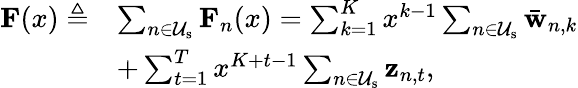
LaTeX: \begin{array}{rl}{\mathbf{F}(x)\triangleq}&{\sum_{n\in\mathcal{U}_{\mathrm{s}}}\mathbf{F}_{n}(x)=\sum_{k=1}^{K}x^{k-1}\sum_{n\in\mathcal{U}_{\mathrm{s}}}\bar{\mathbf{w}}_{n,k}}\\ &{+\sum_{t=1}^{T}x^{K+t-1}\sum_{n\in\mathcal{U}_{\mathrm{s}}}\mathbf{z}_{n,t},}\end{array}